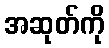
အဆုတ်ကို